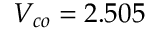
V _ { c o } = 2 . 5 0 5